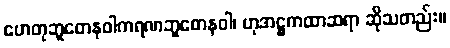
ဟေတုဘူတေနဝါကရဏဘူတေနဝါ၊ ဟုအဋ္ဌကထာဆရာ ဆိုသတည်း။